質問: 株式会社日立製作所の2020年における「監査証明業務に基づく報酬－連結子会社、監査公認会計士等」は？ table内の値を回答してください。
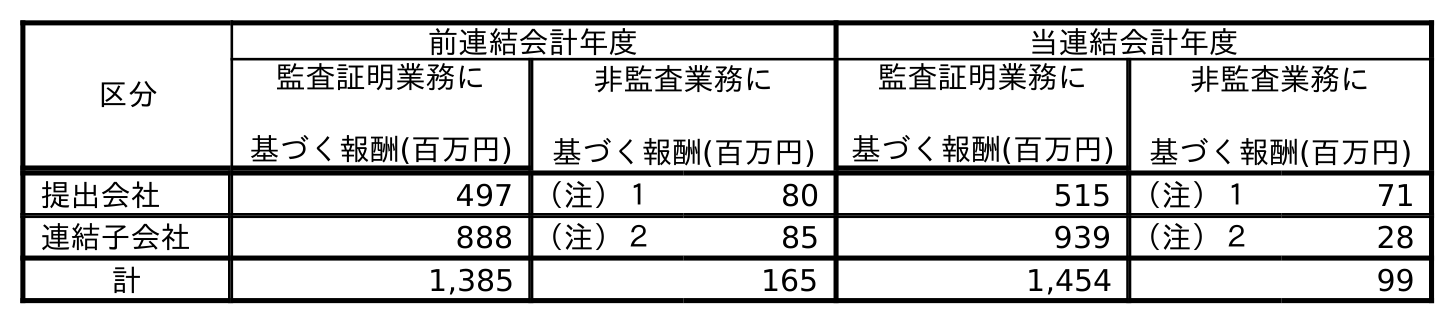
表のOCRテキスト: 区分 前連結会計年度 当連結会計年度 監査証明業務に 基づく報酬(百万円) 非監査業務に 基づく報酬(百万円) 監査証明業務に 基づく報酬(百万円) 非監査業務に 基づく報酬(百万円) 提出会社 497 （注）１ 80 515 （注）１ 71 連結子会社 888 （注）２ 85 939 （注）２ 28 計 1,385 165 1,454 99
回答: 939